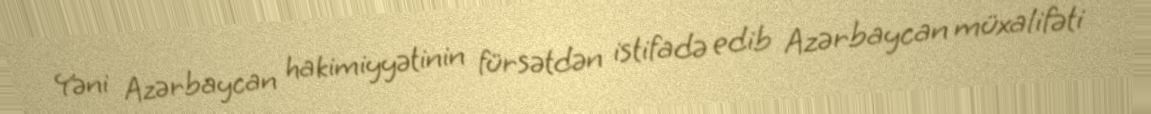
Yəni Azərbaycan hakimiyyətinin fürsətdən istifadə edib Azərbaycan müxalifəti